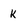
Character: K